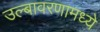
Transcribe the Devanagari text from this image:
उल्बावरणामध्ये